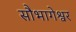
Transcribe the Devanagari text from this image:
सौभागेश्वर